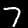
Label: 7